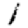
Digit: 1